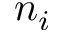
n _ { i }